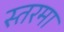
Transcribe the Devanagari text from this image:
स्तरमा